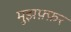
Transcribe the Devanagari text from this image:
मुझफ़्फ़र